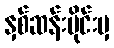
နှစ်ဆန်းပိုင်းမှ